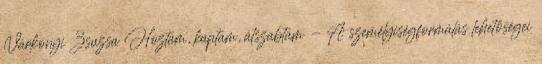
Várkonyi Zsuzsa Hoztam, kaptam, átszabtam - A személyiségformálás lehetőségei